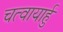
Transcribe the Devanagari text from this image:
चत्वायार्हु